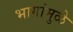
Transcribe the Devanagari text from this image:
भागांमुळे